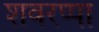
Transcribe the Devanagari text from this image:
शवरप्पा